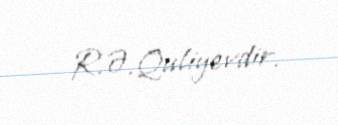
R.Ə.Quliyevdir.